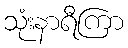
သုံးနာရီကြာ